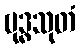
ဗုဒ္ဓသုတံ